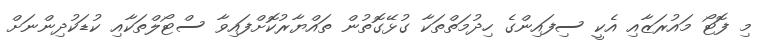
މި ފޮޓޯ މައުރަޒާއި އެކީ ސިފައިންގެ ހިދުމަތްތަކާ ގުޅޭގޮތުން ތައްޔާރުކޮށްފައިވާ ސްޓޯލްތަކާއި ކުޑަކުދިންނަށް